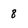
Character: 8